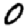
Digit: 0